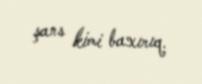
şans kimi baxırıq.